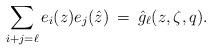
LaTeX: \begin{align*}\sum_{i+j = \ell} e_i(z) e_j(\hat{z}) \: = \: \hat{g}_{\ell}(z,\zeta,q) \/.\end{align*}